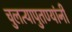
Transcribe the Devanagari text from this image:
चुलत्यापुतण्यांनी